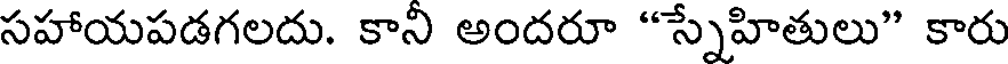
సహాయపడగలదు. కాని అందరూ "స్నేహితులు" కారు